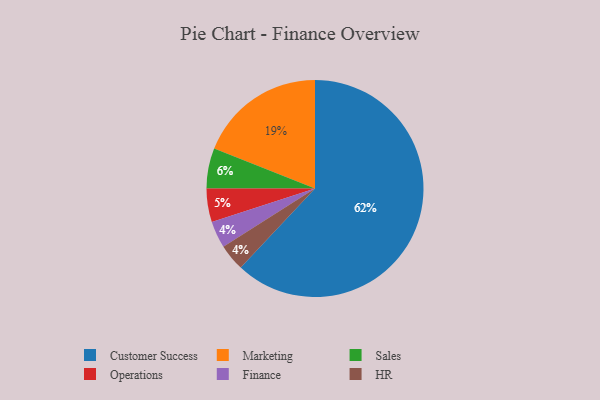
{"axis": {"x": "Category", "y": "Percentage"}, "legend": ["Customer Success", "Finance", "HR", "Marketing", "Operations", "Sales"], "data": [{"x": "Sales", "y": 6, "type": "Sales"}, {"x": "Finance", "y": 4, "type": "Finance"}, {"x": "Marketing", "y": 19, "type": "Marketing"}, {"x": "Operations", "y": 5, "type": "Operations"}, {"x": "HR", "y": 4, "type": "HR"}, {"x": "Customer Success", "y": 62, "type": "Customer Success"}]}